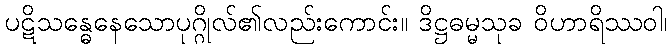
ပဋိသန္ဓေနေသောပုဂ္ဂိုလ်၏လည်းကောင်း။ ဒိဋ္ဌဓမ္မသုခ ဝိဟာရိဿဝါ၊